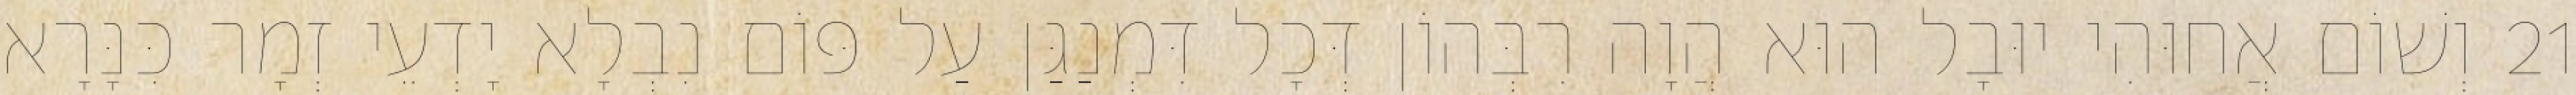
21 וְשׁוֹם אֲחוּהִי יוּבָל הוּא הֲוָה רִבְּהוֹן דְּכָל דִּמְנַגַּן עַל פּוֹם נִבְלָא יָדְעֵי זְמָר כִּנָּרָא